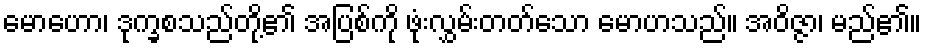
မောဟော၊ ဒုက္ခစသည်တို့၏ အပြစ်ကို ဖုံးလွှမ်းတတ်သော မောဟသည်။ အဝိဇ္ဇာ၊ မည်၏။